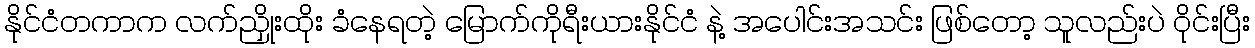
နိုင်ငံတကာက လက်ညှိုးထိုး ခံနေရတဲ့ မြောက်ကိုရီးယားနိုင်ငံ နဲ့ အပေါင်းအသင်း ဖြစ်တော့ သူလည်းပဲ ဝိုင်းပြီး